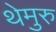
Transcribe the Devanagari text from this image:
थेमुरु